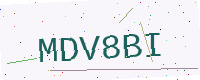
Text: MDV8BI